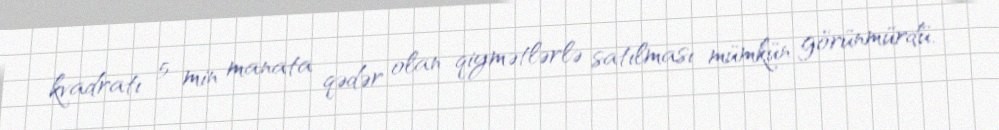
kvadratı 5 min manata qədər olan qiymətlərlə satılması mümkün görünmürdü.